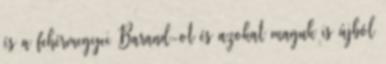
és a fehérmegyei Barand-ot és azokat maguk is újból